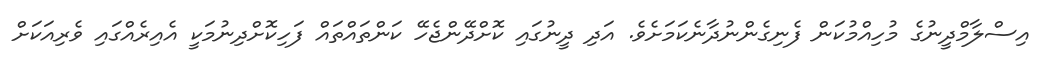
އިސްލާމްދީނުގެ މުހިއްމުކަން ފެނިގެންނުދާނެކަމަށެވެ. އަދި ދީނުގައި ކޮށްދޭންޖެހޭ ކަންތައްތައް ފަހިކޮށްދިނުމަކީ އެއިރެއްގައި ވެރިއަކަށް